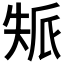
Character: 𡘿